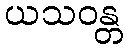
ယသဝန္တ